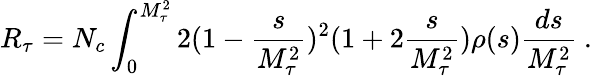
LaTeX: R_{\tau}=N_{c}\int_{0}^{M_{\tau}^{2}}2(1-{\frac{s}{M_{\tau}^{2}}})^{2}(1+2{\frac{s}{M_{\tau}^{2}}})\rho(s){\frac{ds}{M_{\tau}^{2}}}\ .